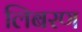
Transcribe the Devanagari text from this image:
लिबरण